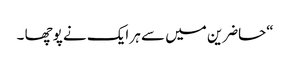
“حاضرین میں سے ہر ایک نے پوچھا ۔